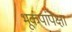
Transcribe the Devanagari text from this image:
भूकंपांपेक्षा